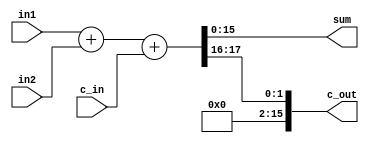
`timescale 1ns / 1ps

module Adder_16(sum, c_out, in1, in2, c_in);
    output[15:0] sum;
    output[15:0] c_out;
    input[15:0] in1,in2;
    input c_in;
    assign {c_out,sum}=in1+in2+c_in;
endmodule